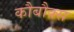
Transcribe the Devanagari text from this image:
कौबौक्स